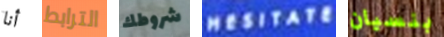
أنا الترابط شروطك HESITATE بنسيان